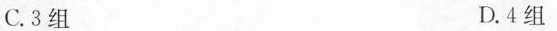
C.3组 D.4组